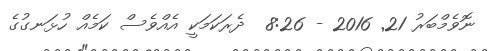
ނޮވެމްބަރު 21